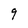
Character: 9